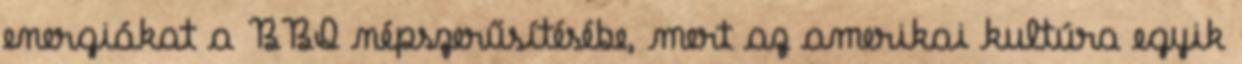
energiákat a BBQ népszerűsítésébe, mert az amerikai kultúra egyik